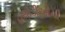
હથોડીઓની